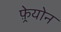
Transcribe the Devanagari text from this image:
फ़्रेयोन